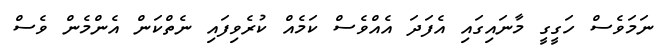
ނަމަވެސް ހަގީގީ މާނައިގައި އެފަދަ އެއްވެސް ކަމެއް ކުރެވިފައި ނެތްކަން އެންމެން ވެސް